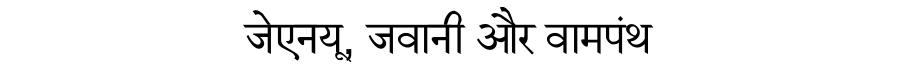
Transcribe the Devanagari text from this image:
जेएनयू, जवानी और वामपंथ